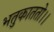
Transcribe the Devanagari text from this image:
भतुकाततो।।